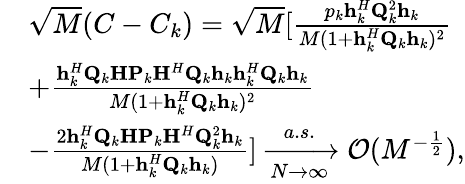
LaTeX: \begin{array}{rl}&{\sqrt{M}(C-C_{k})=\sqrt{M}[\frac{p_{k}\mathbf{h}_{k}^{H}{\mathbf{Q}}_{k}^{2}\mathbf{h}_{k}}{M(1+\mathbf{h}_{k}^{H}{\mathbf{Q}}_{k}\mathbf{h}_{k})^{2}}}\\ &{+\frac{\mathbf{h}_{k}^{H}{\mathbf{Q}}_{k}{\mathbf{H}}{\mathbf{P}}_{k}{\mathbf{H}}^{H}{\mathbf{Q}}_{k}\mathbf{h}_{k}\mathbf{h}_{k}^{H}{\mathbf{Q}}_{k}\mathbf{h}_{k}}{M(1+\mathbf{h}_{k}^{H}{\mathbf{Q}}_{k}\mathbf{h}_{k})^{2}}}\\ &{-\frac{2\mathbf{h}_{k}^{H}{\mathbf{Q}}_{k}{\mathbf{H}}{\mathbf{P}}_{k}{\mathbf{H}}^{H}{\mathbf{Q}}_{k}^{2}\mathbf{h}_{k}}{M(1+\mathbf{h}_{k}^{H}{\mathbf{Q}}_{k}\mathbf{h}_{k})}]\xrightarrow[N\rightarrow\infty]{a.s.}{\mathcal{O}}(M^{-\frac{1}{2}}),}\end{array}